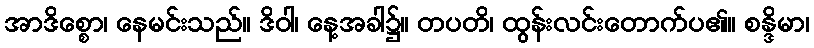
အာဒိစ္စော၊ နေမင်းသည်။ ဒိဝါ၊ နေ့အခါ၌။ တပတိ၊ ထွန်းလင်းတောက်ပ၏။ စန္ဒိမာ၊